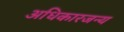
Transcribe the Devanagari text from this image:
अधिकारजन्य